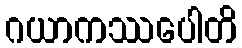
ဂယာကဿပေါတိ